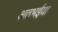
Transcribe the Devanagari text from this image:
अठभईया